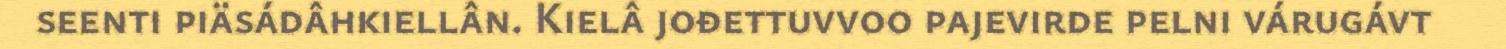
seenti piäsádâhkiellân. Kielâ jođettuvvoo pajevirde pelni várugávt